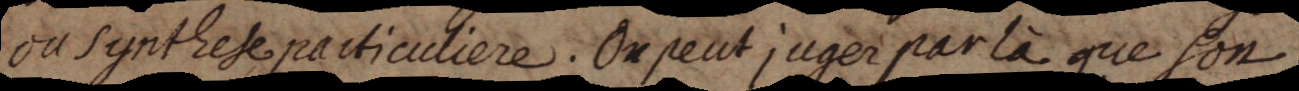
ou synthese particuliere. On peut juger par là que son